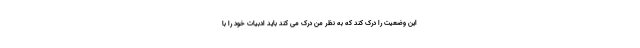
این وضعیت را درک کند که به نظر من درک می کند باید ادبیات خود را با